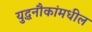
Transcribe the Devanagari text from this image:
युद्धनौकांमधील